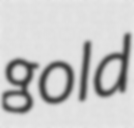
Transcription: gold